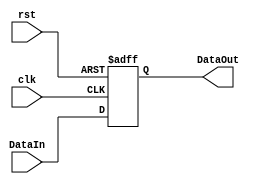
//pipelined register file
module PRF #(parameter WIDTH = 32)(clk, rst, DataIn, DataOut);//IF_ID 
               
   input         clk;
   input         rst;
   input  [WIDTH - 1:0] DataIn;
   output [WIDTH - 1:0] DataOut;
   
   reg [WIDTH - 1:0] DataOut;
               
   always @(posedge clk or posedge rst) begin
      if (rst) 
         DataOut <= 0;
      else
         DataOut <= DataIn;
   end // end always
      
endmodule

module PRFNeg #(parameter WIDTH = 32)(clk, rst, DataIn, DataOut);//ID_EXE, EXE_MEM, MEM_WB
               
   input         clk;
   input         rst;
   input  [WIDTH - 1:0] DataIn;
   output [WIDTH - 1:0] DataOut;
   
   reg [WIDTH - 1:0] DataOut;
               
   always @(negedge clk or posedge rst) begin
      if (rst) 
         DataOut <= 0;
      else
         DataOut <= DataIn;
   end // end always

endmodule